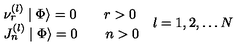
\begin{array} { l } { \nu _ { r } ^ { \left( l \right) } \mid \Phi \rangle = 0 \qquad r > 0 } \\ { J _ { n } ^ { \left( l \right) } \mid \Phi \rangle = 0 \qquad n > 0 } \\ \end{array} \begin{array} { c } { l = 1 , 2 , \ldots N } \\ \end{array}